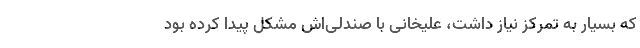
که بسیار به تمرکز نیاز داشت، علیخانی با صندلی‌اش مشکل پیدا کرده بود